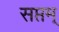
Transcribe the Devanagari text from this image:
सप्तम्‌